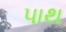
પાથ